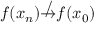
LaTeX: f ( x _ { n } ) \not \to f ( x _ { 0 } )